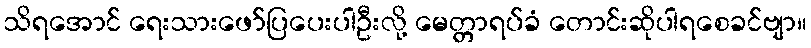
သိရအောင် ရေးသားဖော်ပြပေးပါဦးလို့ မေတ္တာရပ်ခံ တောင်းဆိုပါရစေခင်ဗျာ။